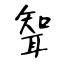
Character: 聟